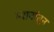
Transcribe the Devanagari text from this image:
म्यानांतून